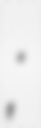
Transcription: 石竟男;